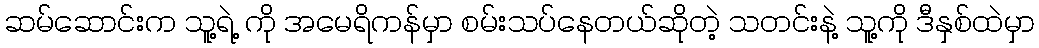
ဆမ်ဆောင်းက သူ့ရဲ့ ကို အမေရိကန်မှာ စမ်းသပ်နေတယ်ဆိုတဲ့ သတင်းနဲ့ သူ့ကို ဒီနှစ်ထဲမှာ